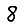
Digit: 8